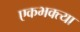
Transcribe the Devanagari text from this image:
एकभक्त्या